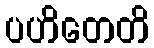
ပဟိတေတိ